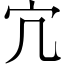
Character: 宂